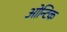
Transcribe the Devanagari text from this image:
ओन्टिक